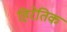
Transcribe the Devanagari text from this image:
हिरेतिक